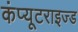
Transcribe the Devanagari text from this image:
कंप्यूटराइज्ड